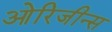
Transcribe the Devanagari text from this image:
ओरिजीन्स